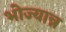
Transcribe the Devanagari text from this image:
भोज्यान्न